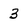
Character: 3